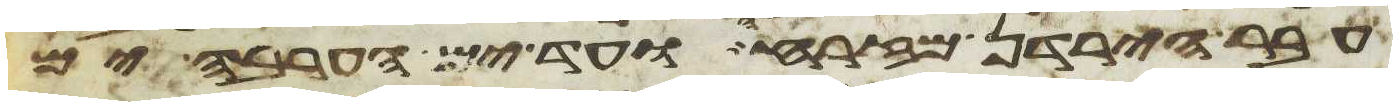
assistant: עבר הירדן מזרחה ועד ים הערבה ים